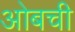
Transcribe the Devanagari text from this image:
ओबची